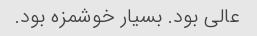
عالی بود. بسیار خوشمزه بود.